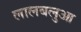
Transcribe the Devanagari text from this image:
लालबलुआ